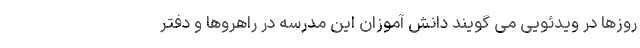
روزها در ویدئویی می گویند دانش آموزان این مدرسه در راهروها و دفتر